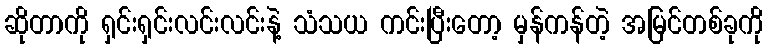
ဆိုတာကို ရှင်းရှင်းလင်းလင်းနဲ့ သံသယ ကင်းပြီးတော့ မှန်ကန်တဲ့ အမြင်တစ်ခုကို